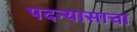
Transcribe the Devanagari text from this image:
पदन्यासाचा